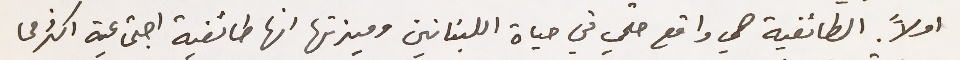
اولاً

اولاً. الطائفية هي واقع حتمي في حياة اللبنانين وميزتها انها طائفية اجتماعية اكثر مما